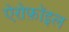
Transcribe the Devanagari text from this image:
ऐरोफ़ॉइल